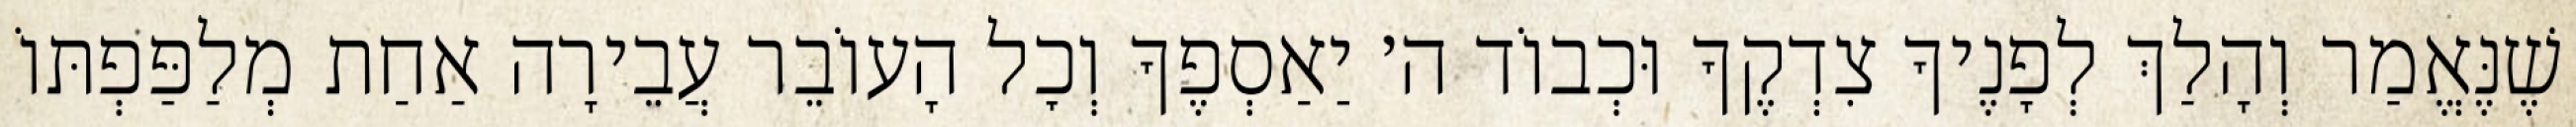
שֶׁנֶּאֱמַר וְהָלַךְ לְפָנֶיךָ צִדְקֶךָ וּכְבוֹד ה׳ יַאַסְפֶךָ וְכׇל הָעוֹבֵר עֲבֵירָה אַחַת מְלַפַּפְתּוֹ